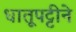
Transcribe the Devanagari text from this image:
धातूपट्टीने